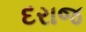
દરાજ